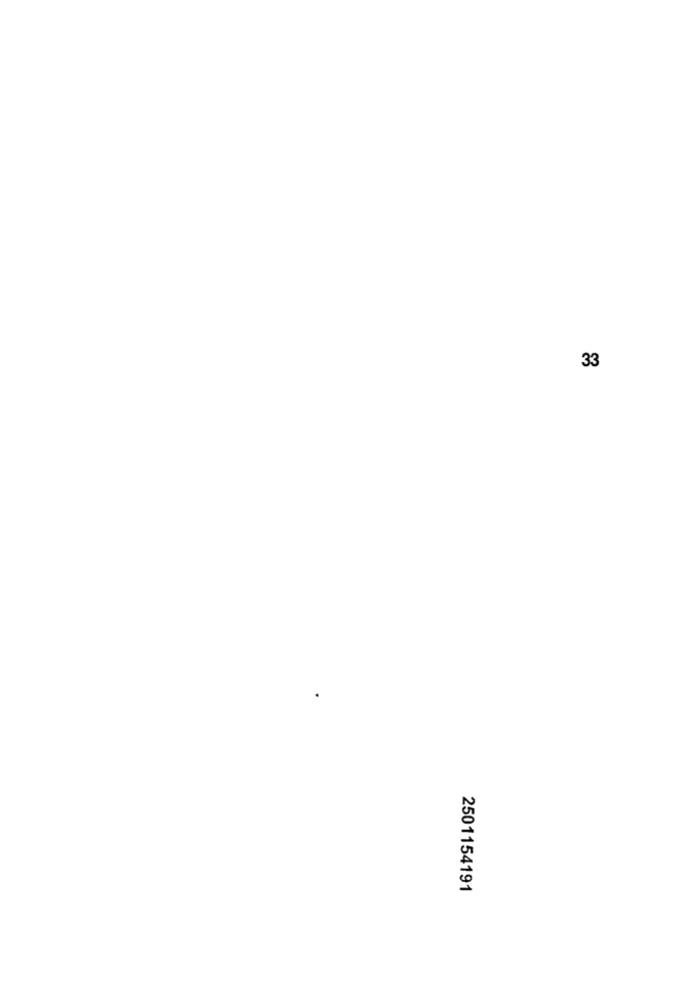
33
2501154191